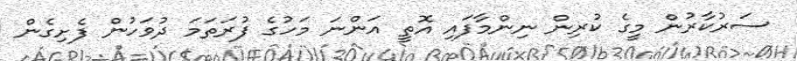
ސަރުކާރުން މީގެ ކުރިން ނިންމާފައި އޮތީ އަންނަ މަހުގެ ފުރަތަމަ ދުވަހުން ފެށިގެން